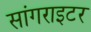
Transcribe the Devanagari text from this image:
सांगराइटर